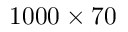
1 0 0 0 \times 7 0